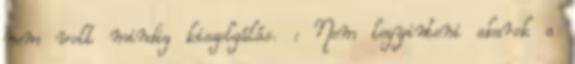
nem volt mindig kiszolgálás. : Nem legyinteni akarok a